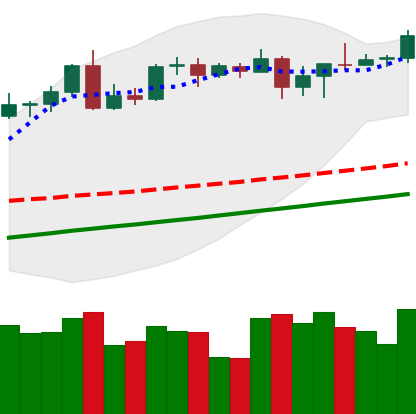
Ticker: BTC-USD
Chart end date: 2020-08-17
Forward return: -4.672%
Label: down_3_5